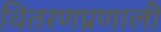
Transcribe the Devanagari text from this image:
वितरणप्रणाली